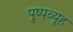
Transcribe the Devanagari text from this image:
पुष्पव्यूह